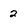
Character: 2